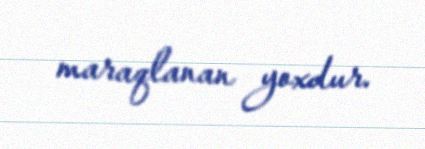
maraqlanan yoxdur.